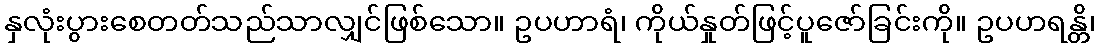
နှလုံးပွားစေတတ်သည်သာလျှင်ဖြစ်သော။ ဥပဟာရံ၊ ကိုယ်နှုတ်ဖြင့်ပူဇော်ခြင်းကို။ ဥပဟရန္တိ၊